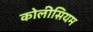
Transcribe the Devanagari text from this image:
कोलीसियम